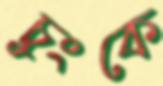
চুংকে